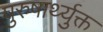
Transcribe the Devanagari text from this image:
पुरुषार्थ्युक्त